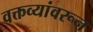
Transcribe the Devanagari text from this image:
वक्तव्यांवरून